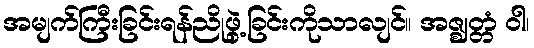
အမျက်ကြီးခြင်းရန်ညိုဖွဲ့ခြင်းကိုသာလျင်။ အဇ္ဈတ္တံ ဝါ၊